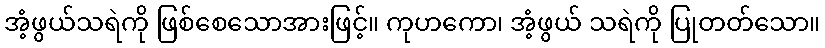
အံ့ဖွယ်သရဲကို ဖြစ်စေသောအားဖြင့်။ ကုဟကော၊ အံ့ဖွယ် သရဲကို ပြုတတ်သော။